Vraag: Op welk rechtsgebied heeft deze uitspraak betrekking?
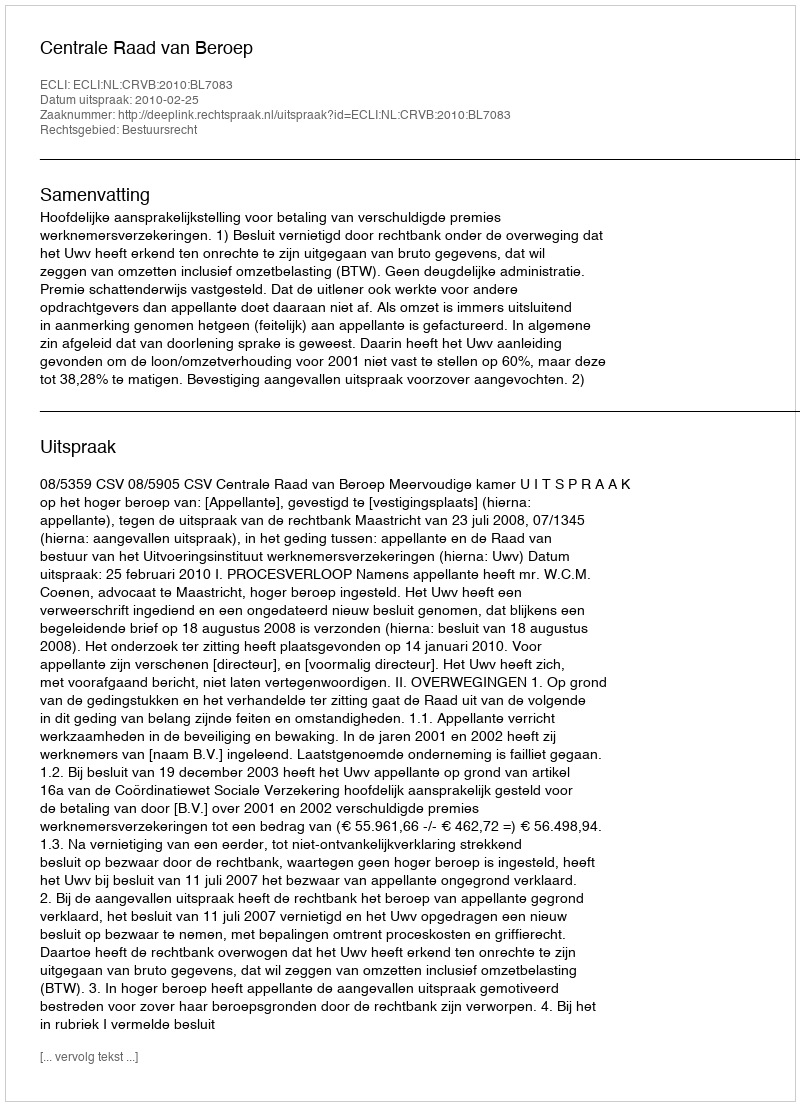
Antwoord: Bestuursrecht